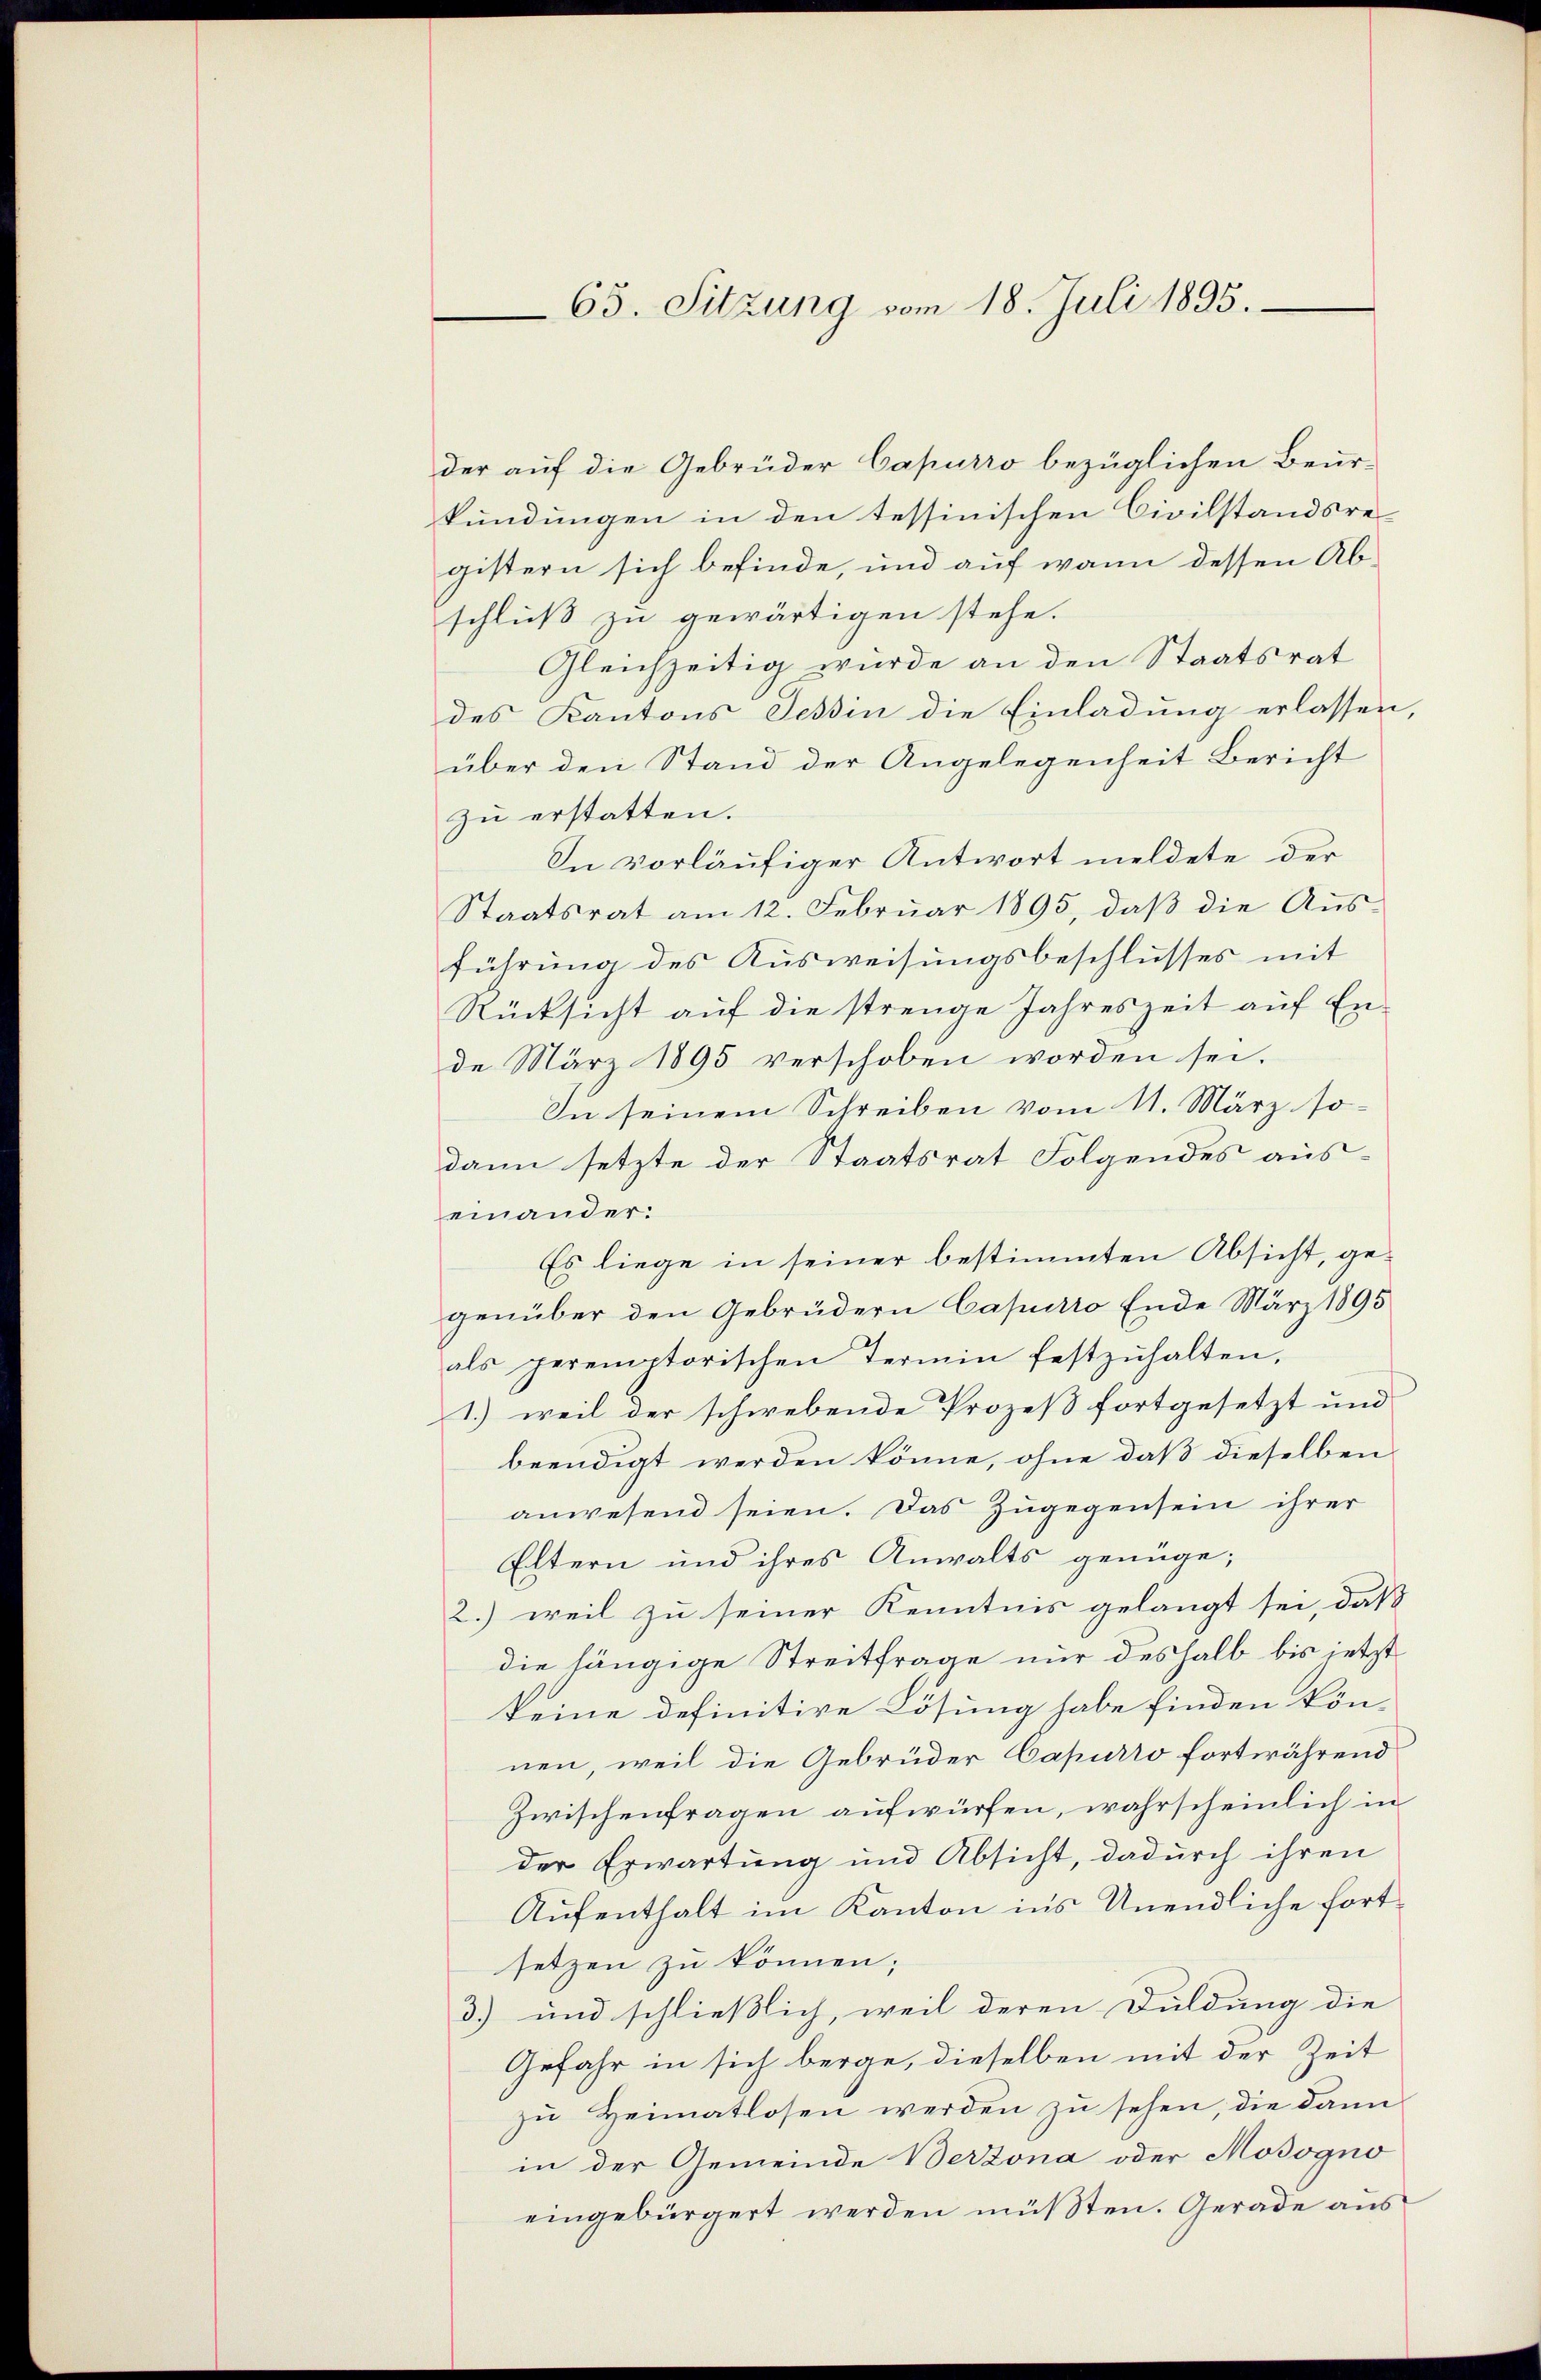
65. Sitzung vom 18. Juli 1895.

der auf die Gebrüder Capurro bezüglichen Beurkündungen in den tessinischen Civilstandsre-
gistern sich befinde, und auf wann dessen Abschluß zu gewärtigen stehe.
Gleichzeitig würde an den Staatsrat
des Kantons Tessin die Einladung erlassen,
über den Stand der Angelegenheit Bericht
zu erstatten.
In vorläufiger Antwort meldete der
Staatsrat am 12. Februar 1895, daβ die Aŭs-
führung des Ausweisungsbeschlusses mit
Rücksicht auf die strenge Jahreszeit auf Ende März 1895 verschoben worden sei.
In seinem Schreiben vom 11. März so-
dann setzte der Staatsrat Folgendes aus-
einander:
Es liege in seiner bestimmten Absicht, gegenüber den Gebrüdern Capurro Ende März 1895
als peremptorischen Termin festzŭhalten,
1.) weil der schwebende Prozeß fortgesetzt und
beendigt werden könne, ohne daß dieselben
anwesend seien. Das Zugegensein ihrer
Eltern und ihres Anwalts genüge;
2.) weil zu seiner Kenntnis gelangt sei, daß
die hängige Streitfrage nur deshalb bis jetzt
keine definitive Lösung habe finden kön-
nen, weil die Gebrüder Capurro fortwährend
Zwischenfragen aufwürfen, wahrscheinlich in
der Erwartung und Absicht, dadurch ihren
Aufenthalt im Kanton ins Unendliche fortsetzen zu können;
3) und schließlich, weil deren Duldung die
Gefahr in sich berge, dieselben mit der Zeit
zu Heimatlosen werden zu sehen, die dann
in der Gemeinde Verzona oder Mosogno
eingebürgert werden müßten. Gerade aus